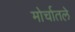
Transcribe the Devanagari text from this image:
मोर्चातले